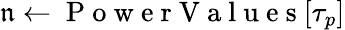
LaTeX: \mathfrak{n}\gets\mathrm{{~P~o~w~e~r~V~a~l~u~e~s~}}[{\tau_{p}}]